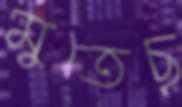
মুতেছ